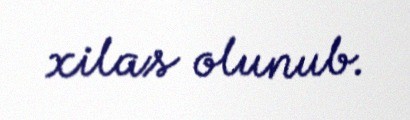
xilas olunub.